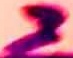
Text: 3